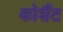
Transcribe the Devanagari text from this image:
कोशैंट